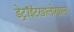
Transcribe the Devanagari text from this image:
डेट्रॉईटखालोखाल